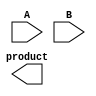
module unfolded_wallace_tree_multiplier #(
    parameter A_WIDTH = 4, // Width of input A
    parameter B_WIDTH = 4  // Width of input B
)(
    input [A_WIDTH-1:0] A,
    input [B_WIDTH-1:0] B,
    output reg [A_WIDTH + B_WIDTH - 1:0] product
);

    // Partial product generation
    wire [A_WIDTH * B_WIDTH - 1:0] partial_products[B_WIDTH-1:0];
    genvar i, j;
    generate
        for (i = 0; i < B_WIDTH; i = i + 1) begin : gen_partial_products
            for (j = 0; j < A_WIDTH; j = j + 1) begin : gen_partial_product
                assign partial_products[i][(i * A_WIDTH) + j] = A[j] & B[i];
            end
        end
    endgenerate

    // Stage 1: Combine partial products using half adders and full adders
    wire [A_WIDTH + B_WIDTH:0] stage1_sum[(B_WIDTH/2)-1:0];
    wire [A_WIDTH + B_WIDTH:0] stage1_carry[(B_WIDTH/2)-1:0];

    generate
        for (i = 0; i < B_WIDTH/2; i = i + 1) begin : stage1
            if (i < (B_WIDTH/2) - 1) begin
                // Combine two partial products
                assign {stage1_carry[i], stage1_sum[i]} = partial_products[2*i] + partial_products[2*i+1];
            end else begin
                // Last one may not have a pair
                assign {stage1_carry[i], stage1_sum[i]} = partial_products[2*i];
            end
        end
    endgenerate

    // Stage 2: Combine results from stage 1
    wire [A_WIDTH + B_WIDTH:0] stage2_sum[0:0];
    wire [A_WIDTH + B_WIDTH:0] stage2_carry[0:0];

    assign {stage2_carry[0], stage2_sum[0]} = stage1_sum[0] + stage1_sum[1];
    
    // Final stage: Add the last two sums
    always @(*) begin
        product = stage2_sum[0] + stage1_sum[2] + stage1_carry[0];
    end

endmodule